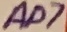
Text: AD7